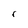
Character: r